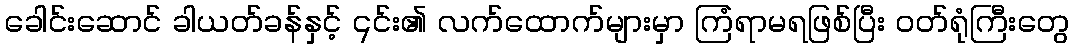
ခေါင်းဆောင် ခါယတ်ခန်နှင့် ၎င်း၏ လက်ထောက်များမှာ ကြံရာမရဖြစ်ပြီး ဝတ်ရုံကြီးတွေ